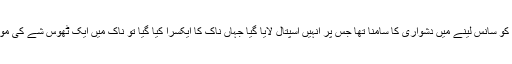
بین الاقوامی خبر رساں ادارے کے مطابق چین میں 30 سالہ ژانگ بنسینگ کو سانس لینے میں دشواری کا سامنا تھا جس پر انہیں اسپتال لایا گیا جہاں ناک کا ایکسرا کیا گیا تو ناک میں ایک ٹھوس شے کی موجودگی کا انکشاف ہوا جسے سرجری کے ذریعے نکالنے کا فیصلہ کیا گیا۔